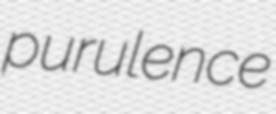
purulence